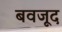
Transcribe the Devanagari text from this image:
बवजूद